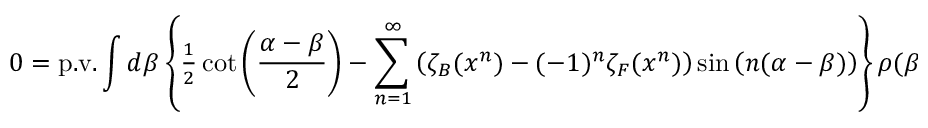
0 = \mathrm { p . v . } \int { d \beta } \left\{ { { \textstyle { \frac { 1 } { 2 } } } \cot \left( { { \frac { \alpha - \beta } { 2 } } } \right) - \sum _ { n = 1 } ^ { \infty } { \left( { \zeta _ { B } ( x ^ { n } ) - ( - 1 ) ^ { n } \zeta _ { F } ( x ^ { n } ) } \right) \sin \left( { n ( \alpha - \beta ) } \right) } } \right\} \rho ( \beta )